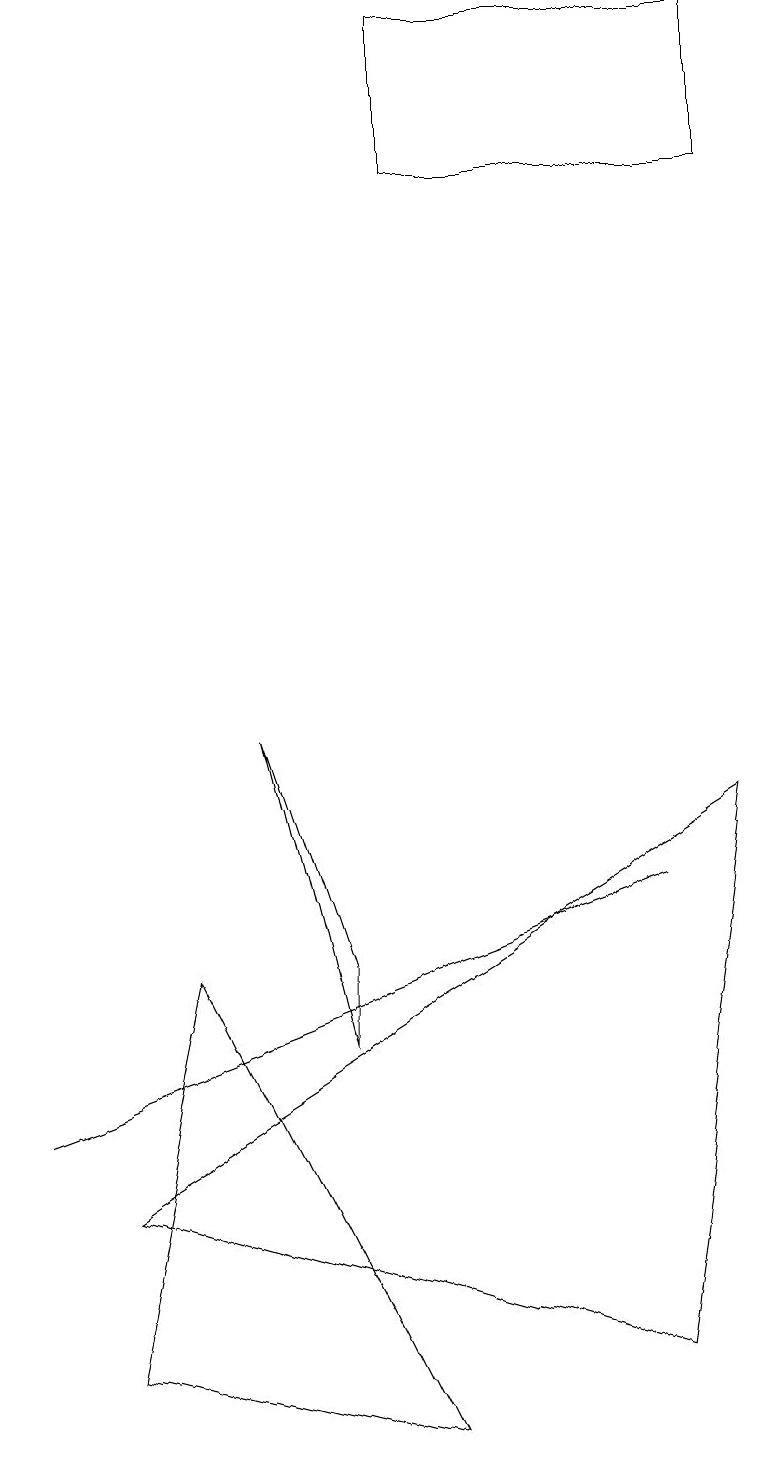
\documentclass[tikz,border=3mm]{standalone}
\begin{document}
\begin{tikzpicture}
\draw (2,6) -- (1,1) -- (5,0) -- cycle;
\draw (1,3) -- (8,1) -- (9,8) -- cycle;
\draw (0,4) -- (0,4) -- (8,7) -- cycle;
\draw (3,9) -- (4,5) -- (4,6) -- cycle;
\draw (5,16) rectangle (9,18);
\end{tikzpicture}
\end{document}